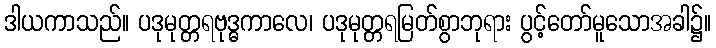
ဒါယကာသည်။ ပဒုမုတ္တရဗုဒ္ဓကာလေ၊ ပဒုမုတ္တရမြတ်စွာဘုရား ပွင့်တော်မူသောအခါ၌။